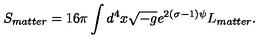
S _ { m a t t e r } = 1 6 \pi \int d ^ { 4 } x \sqrt { - g } e ^ { 2 ( \sigma - 1 ) \psi } L _ { m a t t e r } .